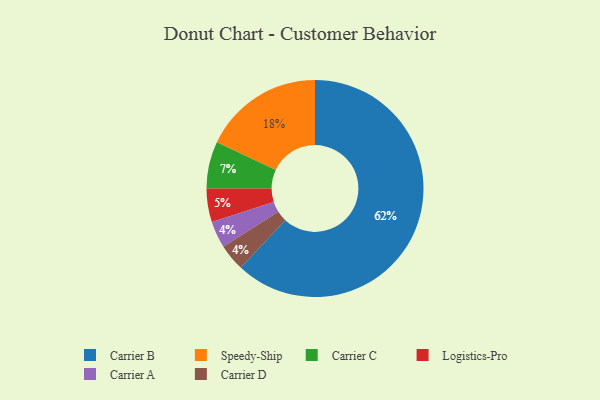
{"axis": {"x": "Category", "y": "Percentage"}, "legend": ["Carrier A", "Carrier B", "Carrier C", "Carrier D", "Logistics-Pro", "Speedy-Ship"], "data": [{"x": "Carrier A", "y": 4, "type": "Carrier A"}, {"x": "Speedy-Ship", "y": 18, "type": "Speedy-Ship"}, {"x": "Carrier B", "y": 62, "type": "Carrier B"}, {"x": "Logistics-Pro", "y": 5, "type": "Logistics-Pro"}, {"x": "Carrier D", "y": 4, "type": "Carrier D"}, {"x": "Carrier C", "y": 7, "type": "Carrier C"}]}